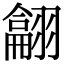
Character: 𦒈